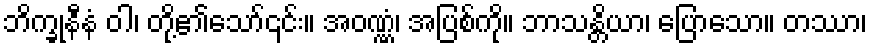
ဘိက္ခုနီနံ ဝါ၊ တို့၏သော်၎င်း။ အဝဏ္ဏံ၊ အပြစ်ကို။ ဘာသန္တိယာ၊ ပြောသော။ တဿာ၊